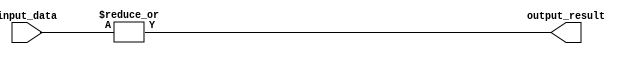
module OR_gate(
    input [63:0] input_data,
    output output_result
);

assign output_result = |input_data;

endmodule